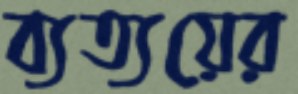
ব্যত্যয়ের